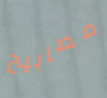
مصابيح